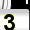
Digit: 3